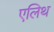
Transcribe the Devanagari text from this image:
एलिथ